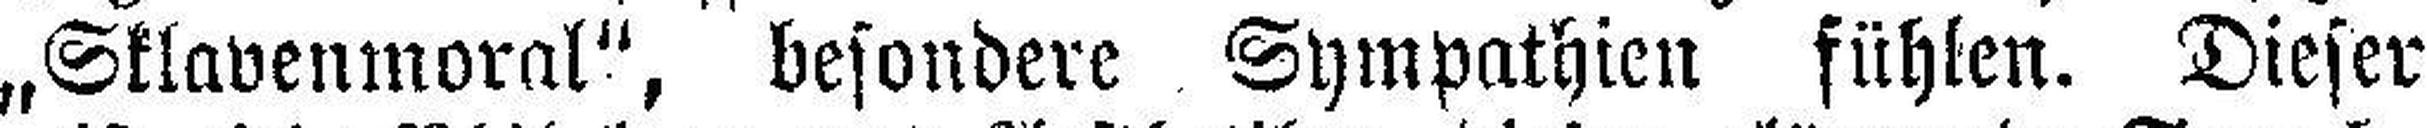
„Sklavenmoral", besondere Sympathien fühlen. Dieser